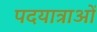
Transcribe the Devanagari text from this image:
पदयात्राओं